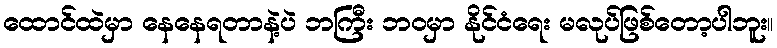
ထောင်ထဲမှာ နေနေရတာနဲ့ပဲ ဘကြီး ဘဝမှာ နိုင်ငံရေး မလုပ်ဖြစ်တော့ပါဘူး။